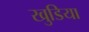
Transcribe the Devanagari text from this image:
खुडिया